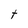
Character: t